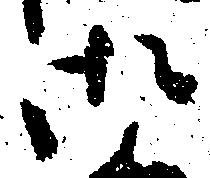
御